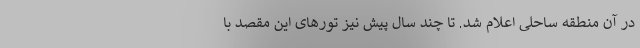
در آن منطقه ساحلی اعلام شد. تا چند سال پیش نیز تورهای این مقصد با